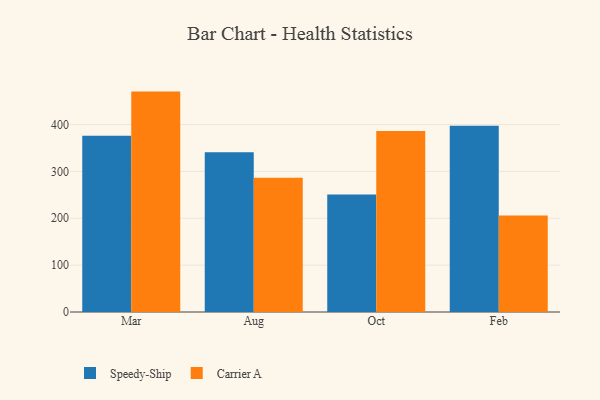
{"axis": {"x": "Month", "y": "Temperature (°C)"}, "legend": ["Carrier A", "Speedy-Ship"], "data": [{"x": "Mar", "y": 376.1, "type": "Speedy-Ship"}, {"x": "Mar", "y": 470.3, "type": "Carrier A"}, {"x": "Aug", "y": 340.8, "type": "Speedy-Ship"}, {"x": "Aug", "y": 286.3, "type": "Carrier A"}, {"x": "Oct", "y": 250.6, "type": "Speedy-Ship"}, {"x": "Oct", "y": 386.1, "type": "Carrier A"}, {"x": "Feb", "y": 397.3, "type": "Speedy-Ship"}, {"x": "Feb", "y": 205.9, "type": "Carrier A"}]}